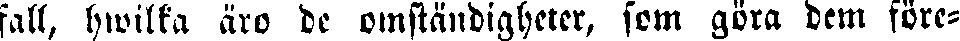
fall, hwilka äro de omständigheter, som göra dem före-